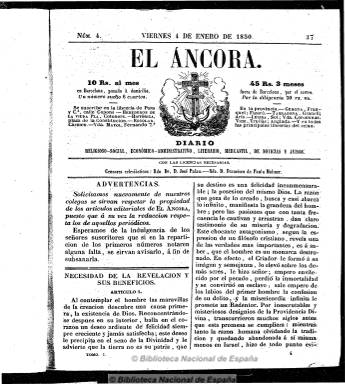
Título: El Áncora (Barcelona. 1850)
Colección: Periódicos
Ámbito geográfico: Barcelona
Lugar de publicación: Barcelona
Fechas: 04/01/1850-30/09/1855

Su largo subtítulo –diario religioso-social, económico-administrativo, literario, mercantil, de noticias y avisos- ya puede dar idea de lo que va a ser un periódico que aparece el uno de enero de 1850 fomentado desde el catolicismo tradicional para combatir la difusión de las nuevas ideas políticas y sociales, que denuncian no sólo las prerrogativas que mantiene la iglesia durante la construcción del Estado liberal. En Barcelona, a la cabeza de este periodismo militante católico y conservador, que tacha las ideas innovadoras de “disolventes”, se pone el canónigo y catedrático Antoni Palau i Termens (1806-1862), que ya venía publicando Revista católica (1842-1868), de mayor calado apologético y doctrinal, y que también forma parte de la colección de la Biblioteca Nacional de España.

El diario de este núcleo católico conservador en Barcelona aparece en un formato en octavo, con números de 16 páginas y foliación continuada, compuestas a dos columnas. Su cabecera va adornada con un grabado de un crucifijo que se posa sobre un corazón en llamas, y sus contenidos se estructuran en las secciones propias de un diario noticioso, a las que se suman otras de carácter confesional. En las primeras se encuentran las dedicadas a crónicas extrajera, nacional, parlamentaria y local, a noticias de alcance o últimas noticias o las que publica bajo el epígrafe Parte telegráfico eléctrico; a noticias y anuncios oficiales, parte comercial (embarques de los puertos de Barcelona y Cádiz, cotizaciones, etc.), crónica artística o cartelera de espectáculos. Un gran número de estas informaciones o noticias son extractos de otras seleccionadas previamente de periódicos españoles y extranjeros, o de la propia Gaceta de Madrid.

Cada número se encabeza con un parte meteorológico y el santoral y su parte redaccional empieza con un artículo de carácter religioso-social, doctrinal o apologético, y cuenta con la sección Diario cristiano, en donde da cuenta de los cultos y otros oficios religiosos. De ahí que para estructurar el diario, sus artífices a veces lo dividan en dos partes, dándole el título de Diario de avisos a la parte de los contenidos noticiosos y comerciales (que incluso llegará a tener numeración y paginación propia), ocupando sus últimas páginas los anuncios publicitarios, que irán en aumento.

Además de Palau, el principal de sus redactores –o acaso también su director- será el catedrático de Patología de la universidad barcelonesa Joaquim Cil i Borés (1805-1882), y colaboran en sus páginas otros periodistas católicos, como Josep Maria Cuadrado (o Quadrado), Ramón Boldú, Pere Milà de Roca, Narcis Blanch, Melcior Bonfill y Manuel Angelón. Como editor responsable aparece Josep Pons, y como censores eclesiásticos, los reverendos padres José Palau y Francisco de Paula Moliner.

La colección de este título comienza con el número 4, correspondiente al cuatro de enero de 1850, y acaba en el número correspondiente al 30 de septiembre de 1855. A partir del 14 de noviembre de este año reducirá el subtítulo a “periódico religioso-social de avisos”, al mismo tiempo que cambia su formato a gran folio, reduce sus páginas a cuatro y aumenta su composición a cinco columnas, es decir, adopta el formato característico del diario de información general. El grabado de su cabecera ya había sido sustituido por otro con los escudos de España y Cataluña. Publica su último número el 29 de febrero de 1856, y desde el día siguiente, uno de marzo, será continuado por el diario barcelonés El País, con el subtítulo diario político y del que será editor responsable Raimon Berdal, hasta que este publique su último número el 27 de agosto de este año, pasando sus suscripciones al Diario de Barcelona (1792-1993). El sector católico conservador barcelonés dispuso de su diario a lo largo del bienio progresista, cuando Palau ya era obispo de Vic (1853-1857), muriendo siéndolo de Barcelona (1857-1862).